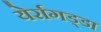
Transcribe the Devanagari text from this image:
येर्रागड्डा